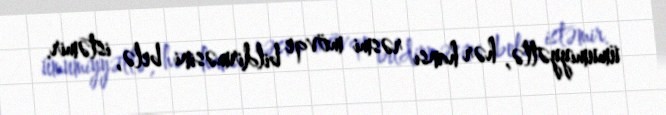
ümumiyyətlə, hər hansı rəsmi mövqe bildirməsini belə, istəmir.